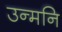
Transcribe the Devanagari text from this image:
उन्मनि